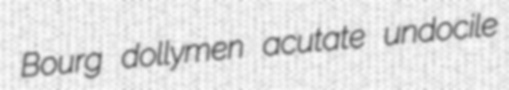
Bourg dollymen acutate undocile